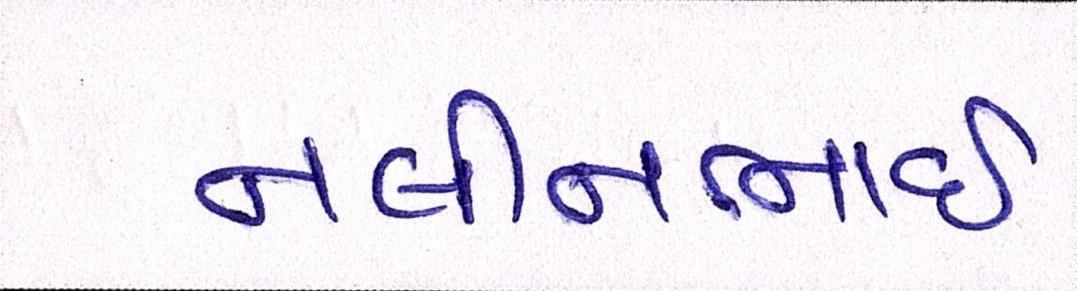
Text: નલીનભાઈ